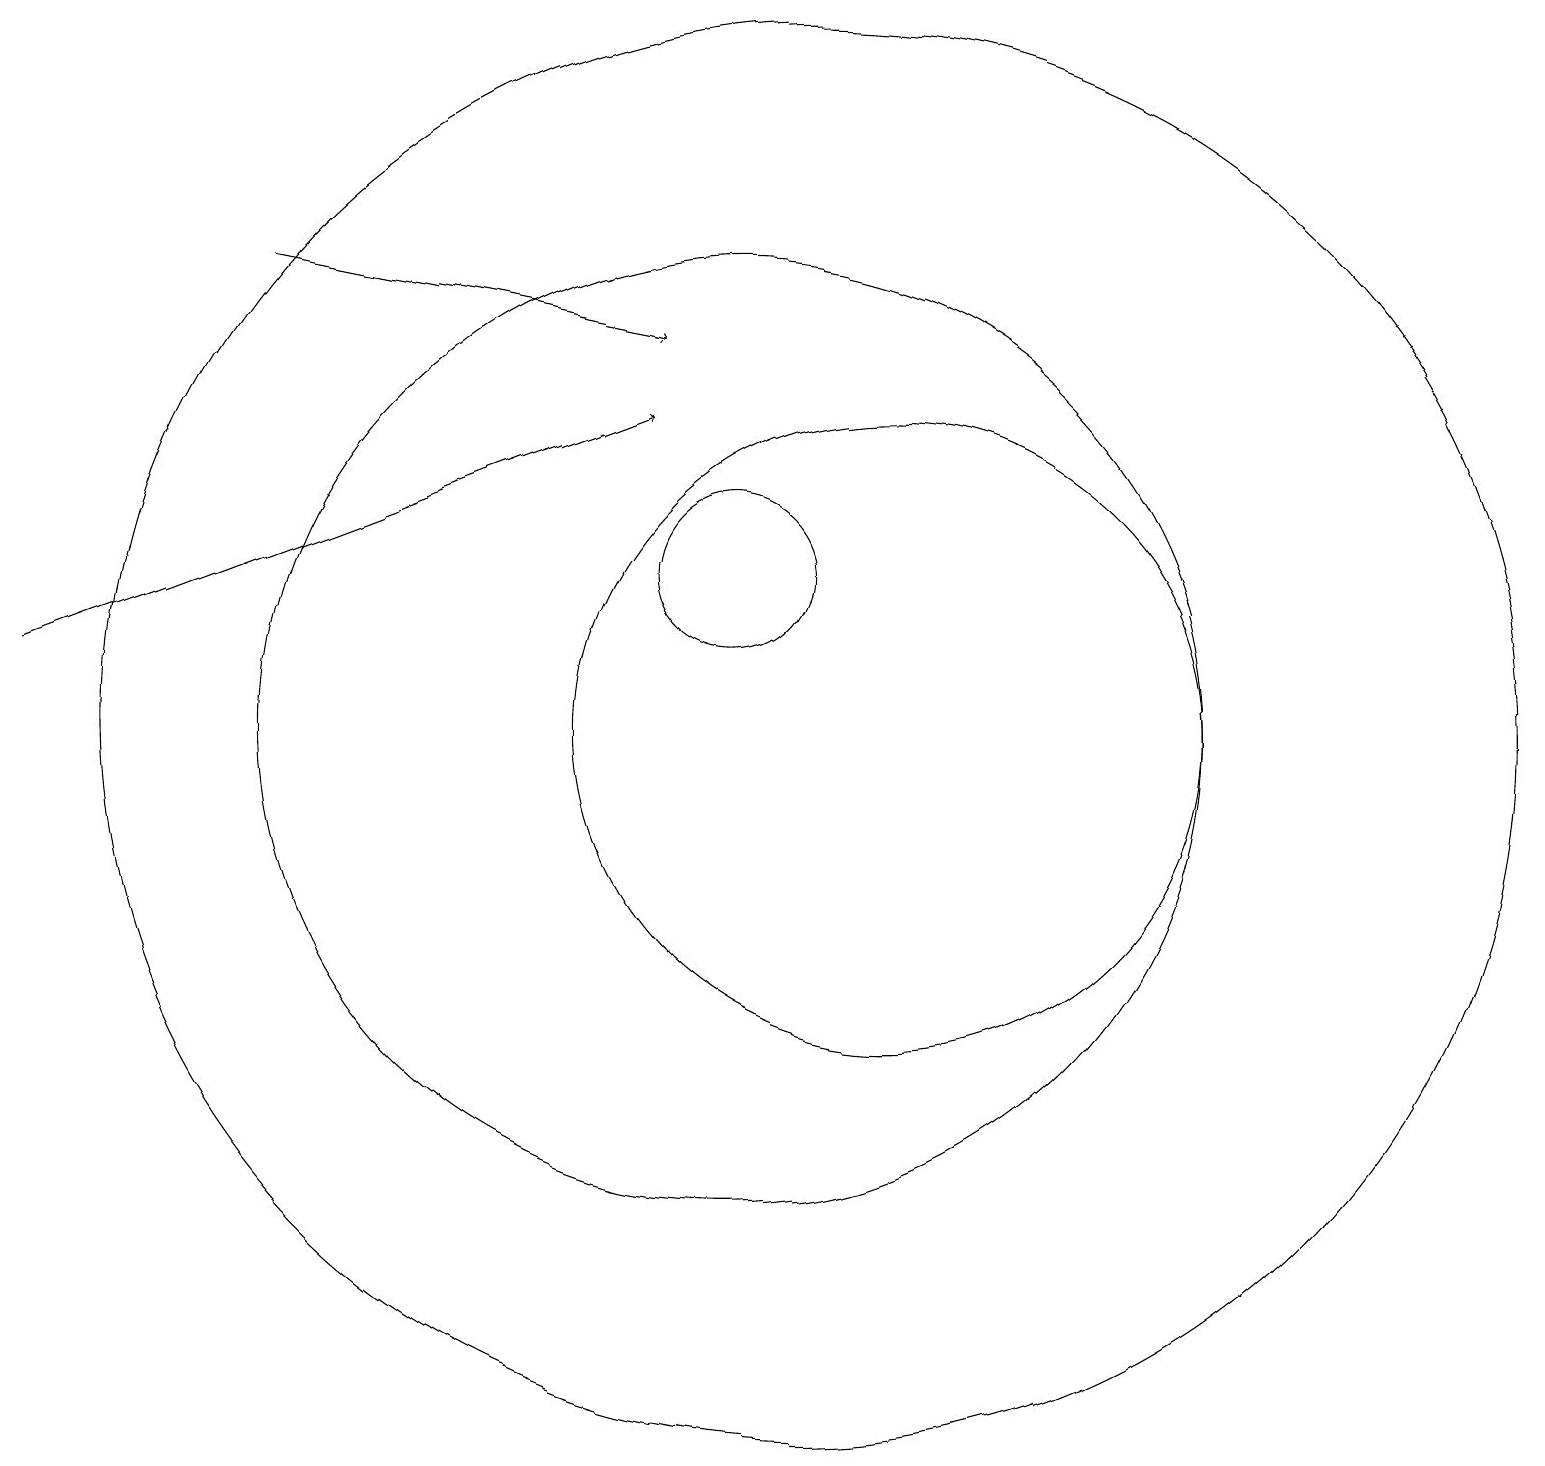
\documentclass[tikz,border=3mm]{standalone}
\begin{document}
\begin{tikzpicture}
\draw[->] (1,11) -- (9,14);
\draw (10,12) circle (1);
\draw (12,10) circle (4);
\draw (11,10) circle (9);
\draw[->] (4,16) -- (9,15);
\draw (10,10) circle (6);
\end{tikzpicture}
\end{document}